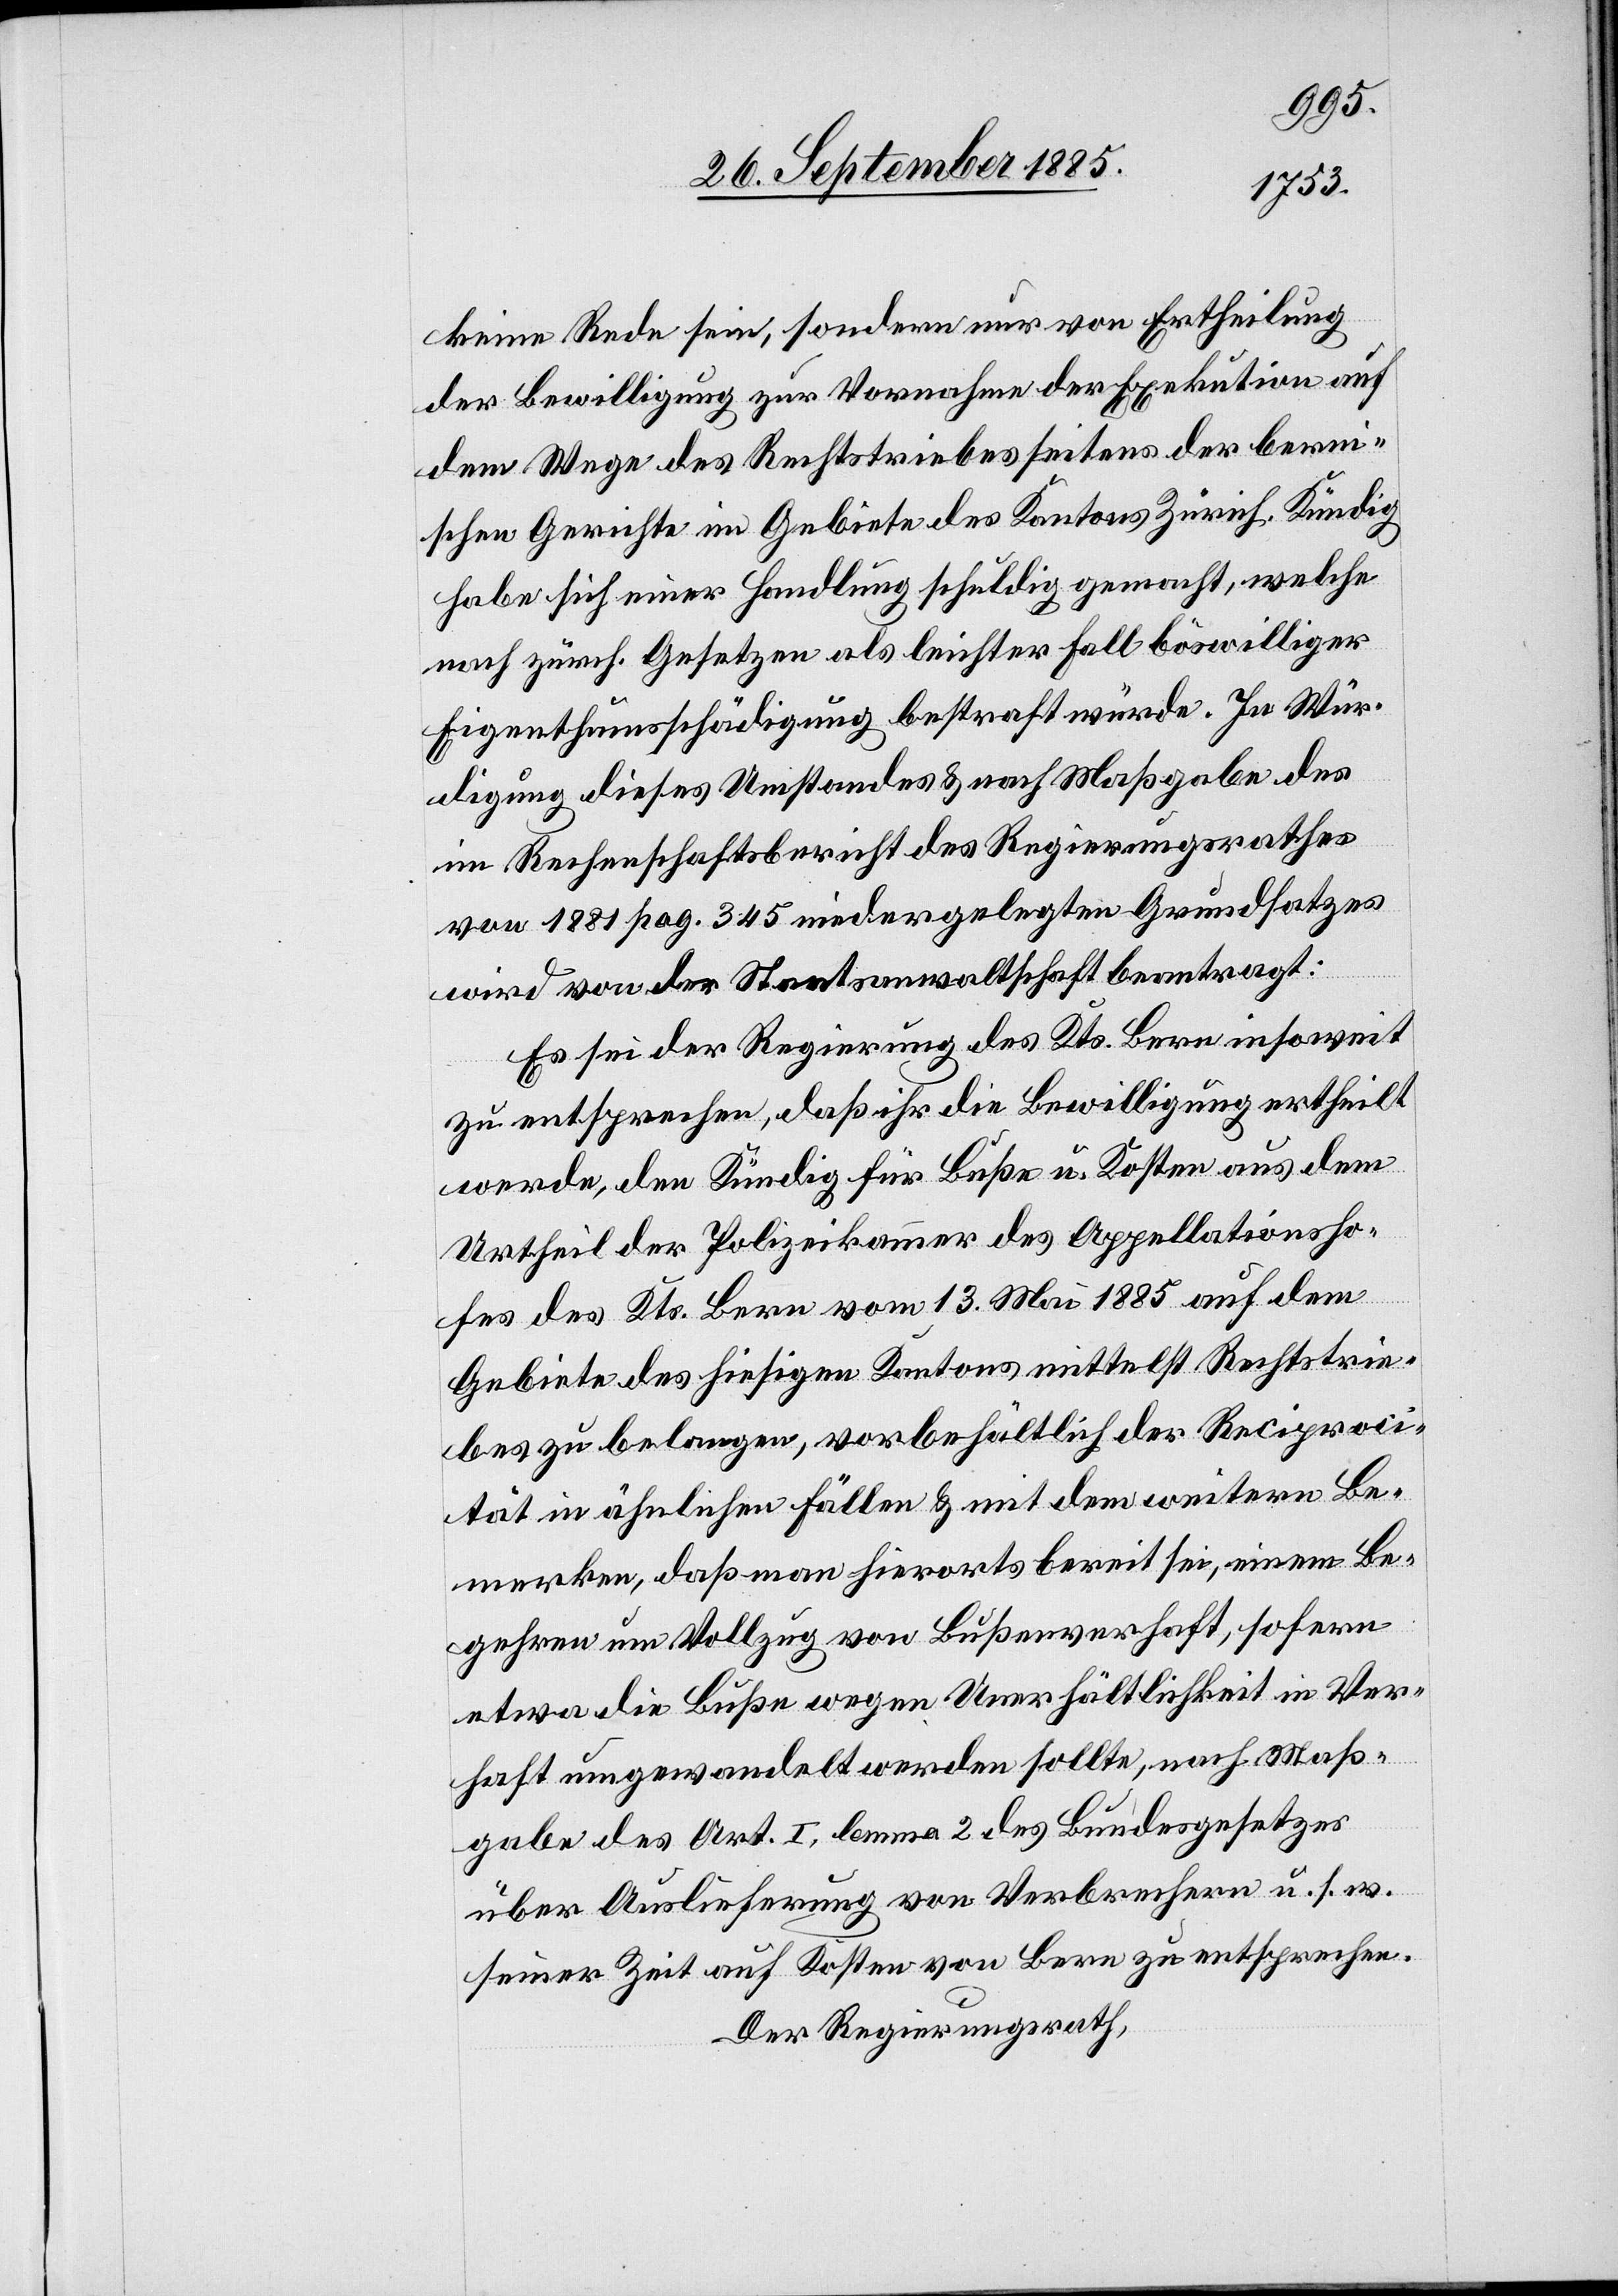
keine Rede sein, sondern nur von Ertheilung
der Bewilligung zur Vornahme der Exekution auf
dem Wege des Rechtstriebes seitens der bern¬
ischen Gerichte im Gebiete des Kantons Zürich. Kündig
habe sich einer Handlung schuldig gemacht, welche
nach zürch. Gesetzen als leichter Fall böswilliger
Eigenthumsschädigung bestraft würde. In Wür¬
digung dieses Umstandes & nach Maßgabe des
im Rechenschaftsbericht des Regierungsrathes
von 1881 pag. 345 niedergelegten Grundsatzes
wird von der Staatsanwaltschaft beantragt:
Es sei der Regierung des Kts. Bern insoweit
zu entsprechen, daß ihr die Bewilligung ertheilt
werde, den Kündig für Buße u. Kosten aus dem
Urtheil der Polizeikammer des Appellationsho¬
fes des Kts. Bern vom 13. Mai 1885 auf dem
Gebiete des hiesigen Kantons mittelst Rechtrie¬
bes zu belangen, vorbehältlich der Reciproci¬
tät in ähnlichen Fällen & mit dem weitern Be¬
merken, daß man hierorts bereit sei, einem Be¬
gehren um Vollzug von Bußenverhaft, sofern
etwa die Buße wegen Unerhältlichkeit in Ver¬
haft umgewandelt werden sollte, nach Maß¬
gabe des Art. I, lemma 2 des Bundesgesetzes
über Auslieferung von Verbrechern u. s. w.
seiner Zeit auf Kosten von Bern zu entsprechen.
Der Regierungsrath,